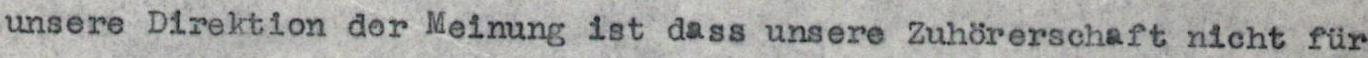
unsere Direktion dor Meinung ist dass unsere Zuhörerschaft nicht für